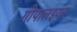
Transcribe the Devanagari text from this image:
गोपालइयर